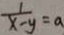
\frac { 1 } { x - y } = a